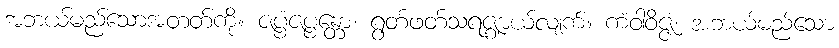
အဘယ်မည်သောအတတ်ကို။ ဇပ္ပံဇပ္ပန္တော၊ ရွတ်ဖတ်သရဇ္ဈာယ်လျက်။ ကံဝါဝိဇ္ဇံ၊ အဘယ်မည်သော